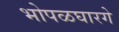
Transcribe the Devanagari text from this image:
भोपळघारगे